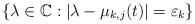
LaTeX: \begin{align*}\left\{ \lambda\in\mathbb{C}:\left\vert \lambda-\mu_{k,j}(t)\right\vert=\varepsilon_{k}\right\} \end{align*}